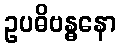
ဥပဓိဗန္ဓနော